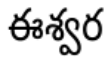
ఈశ్వర